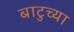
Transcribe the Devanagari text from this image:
बाटुच्या